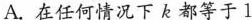
A.在任何情况下k都等于1